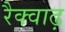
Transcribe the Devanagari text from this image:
रैक्वाढ़